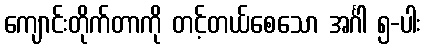
ကျောင်းတိုက်တာကို တင့်တယ်စေသော အင်္ဂါ ၅-ပါး